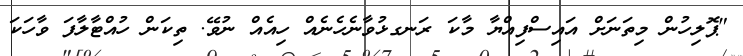
"ޕޮލިހުން މިތަނަށް އައިސްފިއްޔާ މާކަ ރަނގޅުވާނެހެނެއް ހިއެއް ނުވޭ. ތިކަން ހުއްޓާލާފަ ވާހަކަ